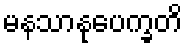
မနသာနုပေက္ခတိ